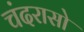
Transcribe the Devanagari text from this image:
चंदरासो